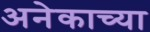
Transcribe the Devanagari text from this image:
अनेकाच्या